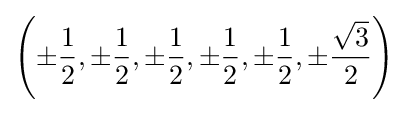
\left(\pm {1 \over 2},\pm {1 \over 2},\pm {1 \over 2},\pm {1 \over 2},\pm {1 \over 2},\pm {{\sqrt {3}} \over 2}\right)